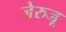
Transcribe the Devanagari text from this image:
जेरुजू